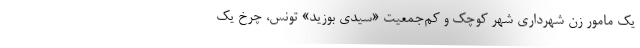
یک مامور زن شهرداری شهر کوچک و کم‌جمعیت «سیدی بوزید» تونس، چرخ یک